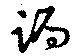
跼